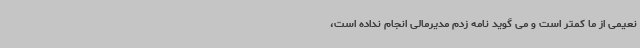
نعیمی از ما کمتر است و می گوید نامه زدم مدیرمالی انجام نداده است،